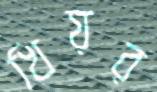
খিয়র